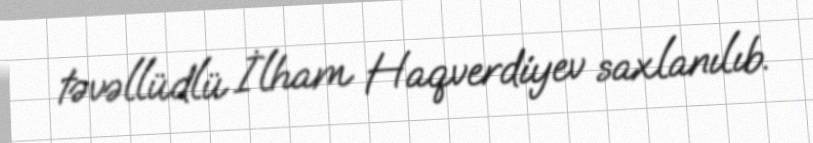
təvəllüdlü İlham Haqverdiyev saxlanılıb.